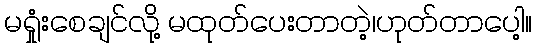
မရှုံးစေချင်လို့ မထုတ်ပေးတာတဲ့၊ဟုတ်တာပေါ့။